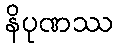
နိပုဏဿ